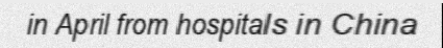
in April from hospitals in China